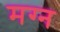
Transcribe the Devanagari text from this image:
मग्‍न